Sketch of the medical history of the native army of Bombay, for the year
Year: 1876
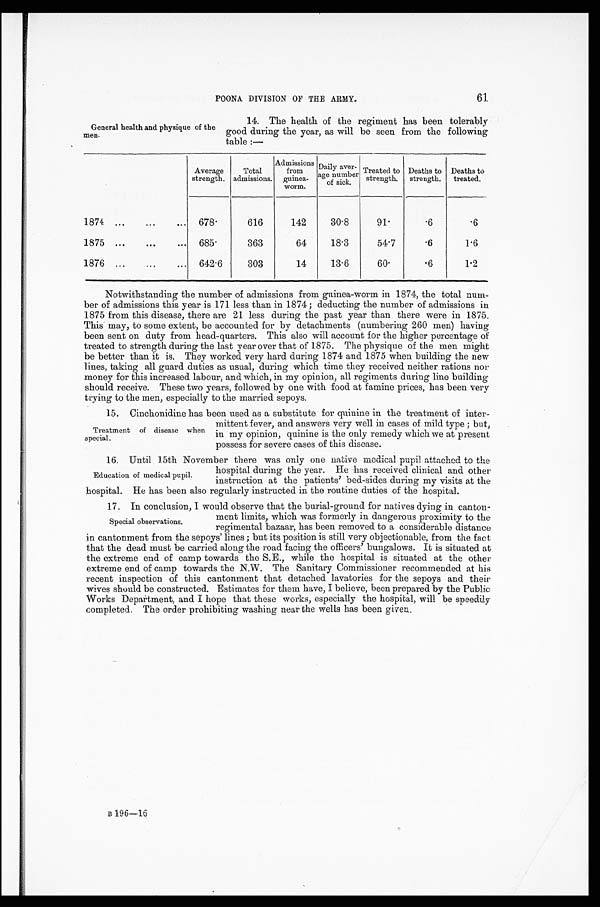
POONA DIVISTON OF THE ARMY.
61
General health and physique of the
men.
14. The health of the regiment has been tolerably
good during the year, as will be seen from the following
table :—
Average
strength.
Total
admissions.
Admissions
from
guinea-
worm.
Daily aver-
age number
of sick.
Treated to
strength.
Deaths to
strength.
Deaths to
treated.
1874 ...
...
...
678.
616
142
30.8
91.
.6
.6
1875 ...
...
...
685.
363
64
18.3
54.7
.6
1.6
1876 ...
...
...
642.6
303
14
13.6
60.
.6
1.2
Notwithstanding the number of admissions from guinea-worm in 1874, the total num
- b e r o f a d m i s s i o n s t h i s y e a r i s 1 7 1 l e s s t h a n i n 1 8 7 4 ; d e d u c t i n g t h e n u m b e r o f a d m i s s i o n s i n
1875 from this disease, there are 21 less during the past year than there were in 1875.
This may, to some extent, be accounted for by detachments (numbering 260 men) having
been sent on duty from head-quarters. This also will account for the higher percentage of
treated to strength during the last year over that of 1875. The physique of the men might
be better than it is. They worked very hard during 1874 and 1875 when building the new
lines, taking all guard duties as usual, during which time they received neither rations nor
money for this increased labour, and which, in my opinion, all regiments during line building
should receive. These two years, followed by one with food at famine prices, has been very
trying to the men, especially to the married sepoys.
15. Cinchonidine has been used as a substitute for quinine in the treatment of inter
-mittent fever, and answers very well in cases of mild type ; but,
in my opinion, quinine is the only remedy which we at present
possess for severe cases of this disease.
16. Until 15th November there was only one native medical pupil attached to the
hospital during the year. He has received clinical and other
instruction at the patients’ bed-sides during my visits at the
hospital. He has been also regularly instructed in the routine duties of the hospital.
17. In conclusion, I would observe that the burial-ground for natives dying in canton-
ment limits, which was formerly in dangerous proximity to the
regimental bazaar, has been removed to a considerable distance
in cantonment from the sepoys’ lines ; but its position is still very objectionable, from the fact
that the dead must be carried along the road facing the officers’ bungalows. It is situated at
the extreme end of camp towards the S.E., while the hospital is situated at the other
extreme end of camp towards the N.W. The Sanitary Commissioner recommended at his
recent inspection of this cantonment that detached lavatories for the sepoys and their
wives should be constructed. Estimates for them have, I believe, been prepared by the Public
Works Department, and I hope that these works, especially the hospital, will be speedily
completed. The order prohibiting washing near the wells has been given.
Treatment of disease when
special.
Education of medical pupil.
Special observations.
B 196—16